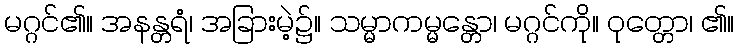
မဂ္ဂင်၏။ အနန္တရံ၊ အခြားမဲ့၌။ သမ္မာကမ္မန္တော၊ မဂ္ဂင်ကို။ ဝုတ္တော၊ ၏။